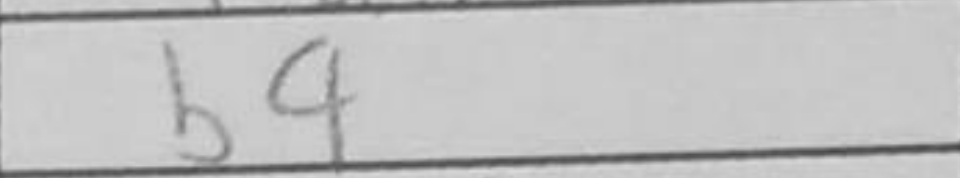
Transcription: b4